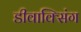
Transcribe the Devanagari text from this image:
डीवाक्सिंग